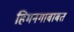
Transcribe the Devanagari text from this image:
हिमनगाबाबत